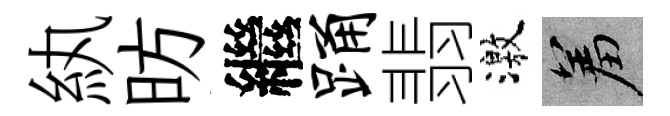
紈昉繼踊翡激羞